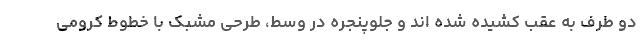
دو طرف به عقب کشیده شده اند و جلوپنجره در وسط، طرحی مشبک با خطوط کرومی